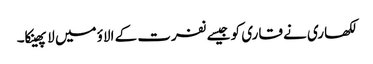
لکھاری نے قاری کو جیسے نفرت کے الاؤ میں لا پھینکا۔